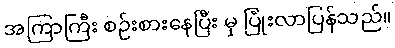
အကြာကြီး စဉ်းစားနေပြီး မှ ပြုံးလာပြန်သည်။